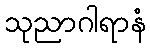
သုညာဂါရာနံ